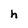
Character: h